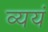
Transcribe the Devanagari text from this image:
व्ययं